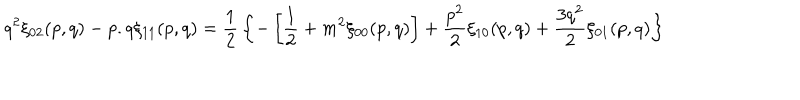
LaTeX: q ^ { 2 } \xi _ { 0 2 } ( p , q ) - p . q \xi _ { 1 1 } ( p , q ) = { \frac { 1 } { 2 } } \left\{ - \left[ { \frac { 1 } { 2 } } + m ^ { 2 } \xi _ { 0 0 } ( p , q ) \right] + { \frac { p ^ { 2 } } { 2 } } \xi _ { 1 0 } ( p , q ) + { \frac { 3 q ^ { 2 } } { 2 } } \xi _ { 0 1 } ( p , q ) \right\}